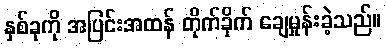
နှစ်ခုကို အပြင်းအထန် တိုက်ခိုက် ချေမှုန်းခဲ့သည်။